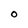
Character: O